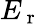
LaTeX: E_{\mathrm{~r~}}